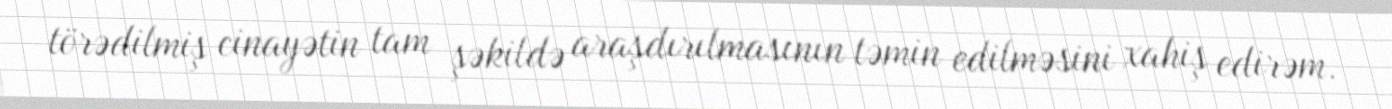
törədilmiş cinayətin tam şəkildə araşdırılmasının təmin edilməsini xahiş edirəm.